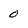
Character: 0